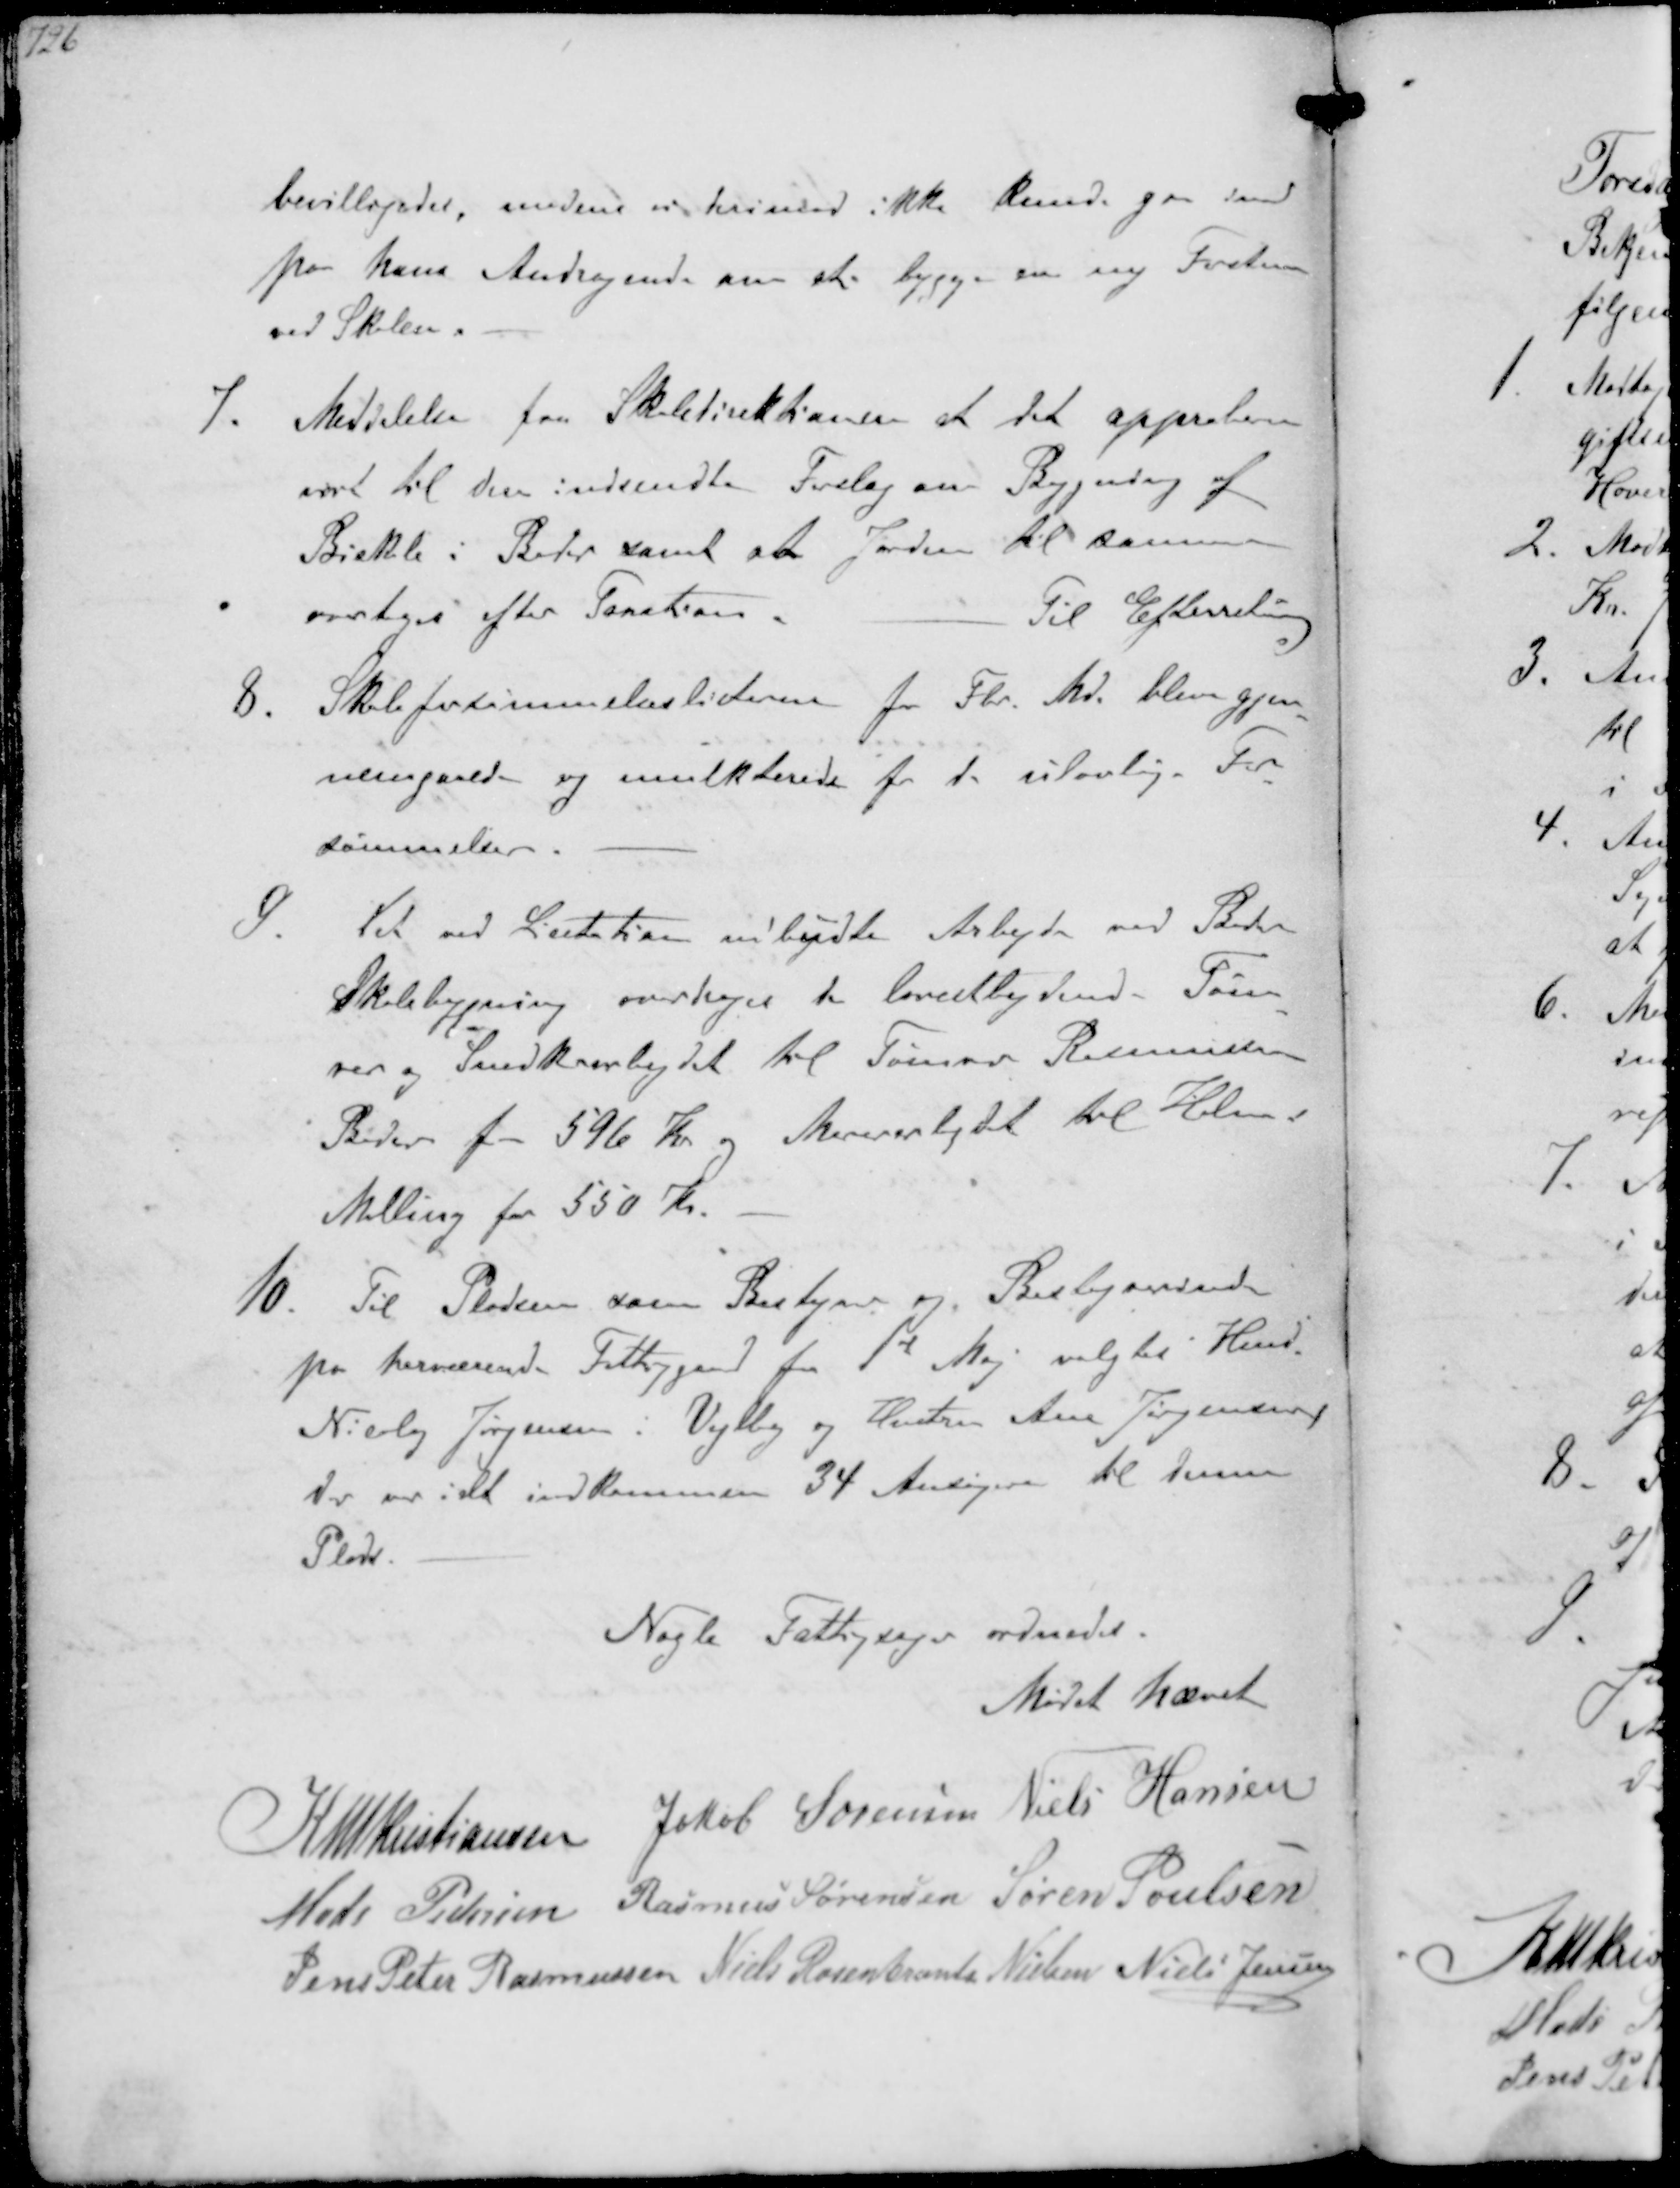
Transskription:
bevilligedes, medens vi derimod ikke kunde gaa ind
paa hans Andragende om at bygge en ny Forstue
ved Skolen.
7. Meddelelse fra Skoledirektionen at det approberer
vort til dem indsendte Forslag om Bygning af
Biskole i Beder samt at Jorden til samme
overtages efter Taxation
Til Efterretning
8. Skoleforsømmelseslisterne for Fbr. Md. blev gjen-
nemgaaede og mulkterede for de ulovlig. For-
sømmelser
9. Det ved Licitation udbydte Arbejde ved Beder
Skolebygning overdroges til lavestbydende Tøm-
rer og Snedkerarbejdet til Tømrer Rasmussen
Beder for 596 Kr og Murerarbejdet til Holm i
Malling for 550 Kr.
10. Til Pladsen som Bestyrer og Bestyrerinde
pa herværende Fattiggaard fra 1' Maj valgtes Hmd
Nicolaj Jørgensen i Vejlby og Hustru Ane Jørgensen,
der er ialt indkommen 34 Ansøgere til denne
Plads

Nogle Fattigsager ordnedes

Mødet hævet

K N M Kristiansen Jakob Sørensen Niels Hansen
Mads Pedersen Rasmus Sørensen Søren Poulsen
Jens Peter Rasmussen Niels Rosenkrands Nielsen Niels Jensen